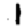
Digit: 1